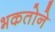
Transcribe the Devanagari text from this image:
भकतोने